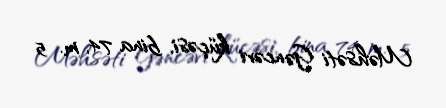
Məhsəti Gəncəvi küçəsi, bina 74, m. 5